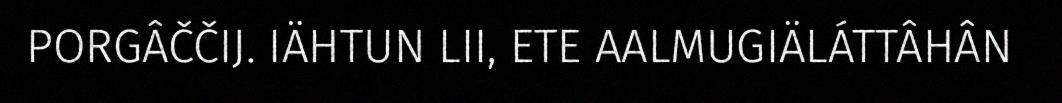
PORGÂČČIJ. IÄHTUN LII, ETE AALMUGIÄLÁTTÂHÂN